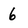
Character: 6